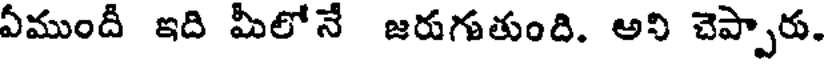
ఏముందీ ఇది మీలోనే జరుగుతుంది. అని చెప్పారు.